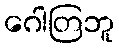
ဂေါတြဘူ